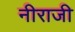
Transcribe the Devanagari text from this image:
नीराजी